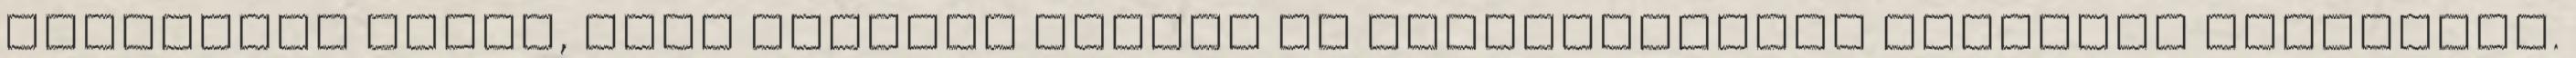
döntöttek arról, hogy szükség esetén ki helyettesítse Baldinit Pekingben.